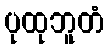
ပုထုဘူတံ